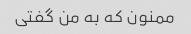
ممنون که به من گفتی